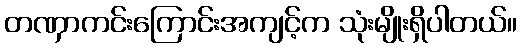
တဏှာကင်းကြောင်းအကျင့်က သုံးမျိုးရှိပါတယ်။